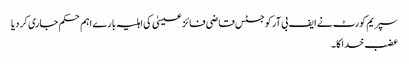
سپریم کورٹ نے ایف بی آر کو جسٹس قاضی فائز عیسیٰ کی اہلیہ بارے اہم حکم جاری کر دیا
عضب خدا کا ۔